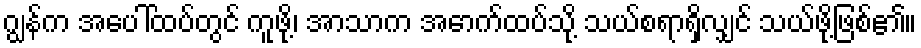
ဂျွန်က အပေါ်ထပ်တွင် ကူဖို့၊ အာသာက အောက်ထပ်သို့ သယ်စရာရှိလျှင် သယ်ဖို့ဖြစ်၏။